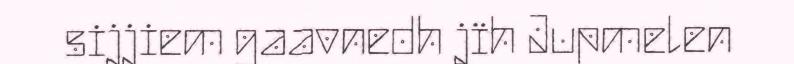
sijjiem gaavnedh jïh Jupmelen